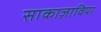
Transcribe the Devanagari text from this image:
साकाज़ाविया